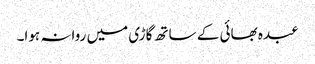
عبدہ بھائی کے ساتھ گاڑی میں روانہ ہوا۔